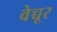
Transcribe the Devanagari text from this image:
वेच्चूर